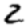
Digit: 2